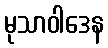
မုသာဝါဒေန